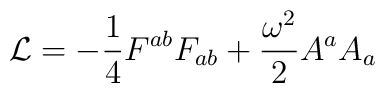
{\cal L} = -{\frac{1}{4}}{F^{ab}F_{ab}} + {\frac{\omega^2}{2}}A^{a}A_{a}